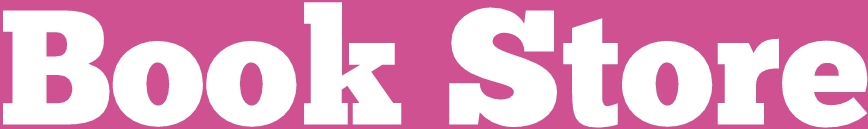
Book Store